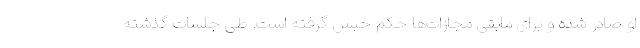
او صادر شده و برای مابقی مجازات‌ها حکم حبس گرفته است. طی جلسات گذشته